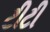
ટીટી